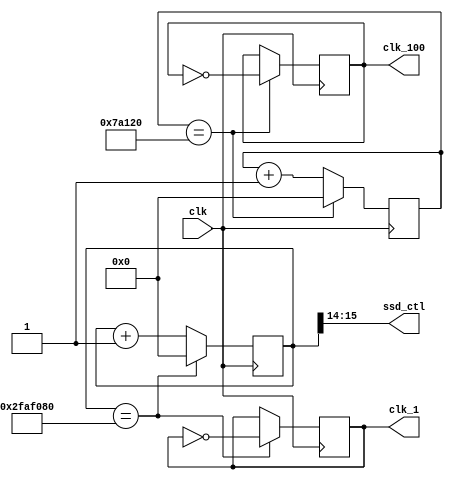
`timescale 1ns / 1ps
//////////////////////////////////////////////////////////////////////////////////
// Company: 
// Engineer: 
// 
// Design Name: 
// Module Name: freq_div
// Project Name: 
// Target Devices: 
// Tool Versions: 
// Description: 
// 
// Dependencies: 
// 
// Revision:
// Revision 0.01 - File Created
// Additional Comments:
// 
//////////////////////////////////////////////////////////////////////////////////


module freq_div(
    input clk,
    output reg clk_1,
    output reg clk_100,
    output  [1:0] ssd_ctl
    );
    reg [26:0] cnt_50M;
    reg [26:0] cnt_500K;
    
    initial begin
        clk_1 = 1'b0;
        clk_100 = 1'b0;
        cnt_50M = 27'd0;
        cnt_500K = 27'd0;
    end
    
    assign ssd_ctl = cnt_50M[15:14];
    
    always@( posedge clk )
        if( cnt_50M == 50_000_000 )
        begin
            cnt_50M <= 27'd0;
            clk_1 <= ~clk_1;
        end
        else
        begin
            cnt_50M <= cnt_50M + 1'b1;
        end
     
    always@( posedge clk )
        if( cnt_500K == 500_000 )
        begin
            cnt_500K<= 27'd0;
            clk_100 <= ~clk_100;
        end
        else
        begin
            cnt_500K <= cnt_500K + 1'b1;
        end
             
endmodule